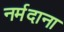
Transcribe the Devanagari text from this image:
नर्मदाना